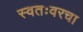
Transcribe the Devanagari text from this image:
स्वतःवरचा